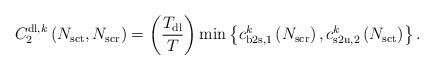
LaTeX: \begin{align*}C^{\mathrm{dl},k}_{2}\left( N_{\mathrm{sct}}, N_{\mathrm{scr}} \right) = \left(\frac{T_{\mathrm{dl}}}{T}\right) \min\left\lbrace c^k_{\mathrm{b2s},1}\left( N_{\mathrm{scr}} \right), c^k_{\mathrm{s2u},2}\left( N_{\mathrm{sct}} \right) \right\rbrace.\end{align*}